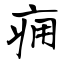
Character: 痈